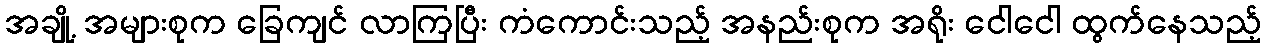
အချို့ အများစုက ခြေကျင် လာကြပြီး ကံကောင်းသည့် အနည်းစုက အရိုး ငေါငေါ ထွက်နေသည့်